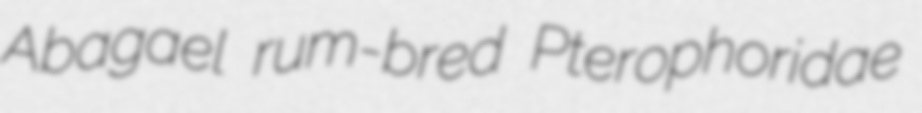
Abagael rum-bred Pterophoridae